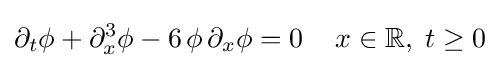
\partial _{t}\phi +\partial _{x}^{3}\phi -6\,\phi \,\partial _{x}\phi =0\,\quad x\in \mathbb {R} ,\;t\geq 0